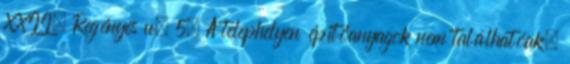
XXII. Regényes u. 5. A telephelyen építőanyagok nem találhatóak,